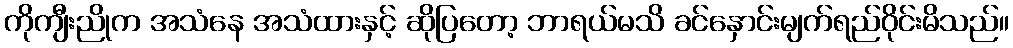
ကိုကျီးညိုက အသံနေ အသံထားနှင့် ဆိုပြတော့ ဘာရယ်မသိ ခင်နှောင်းမျက်ရည်ဝိုင်းမိသည်။